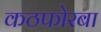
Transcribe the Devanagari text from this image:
कठफोरबा